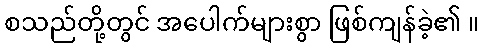
စသည်တို့တွင် အပေါက်များစွာ ဖြစ်ကျန်ခဲ့၏ ။